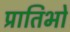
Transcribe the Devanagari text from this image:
प्रातिभो